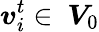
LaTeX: \boldsymbol{v}_{i}^{t}\in\ \boldsymbol{V}_{0}